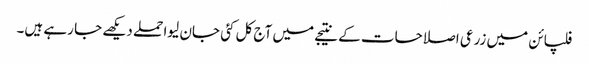
فلپائن میں زرعی اصلاحات کے نتیجے میں آج کل کئی جان لیوا حملے دیکھے جا رہے ہیں۔